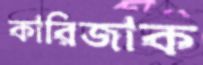
কারিজাক